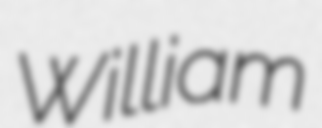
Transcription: William